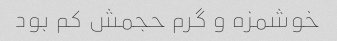
خوشمزه و گرم حجمش کم بود